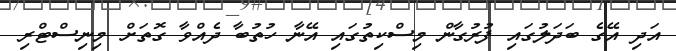
އަދި އޭގެ ބަދަލުގައި ފުރުގާން މިސްކިތުގައި އޭނާ ހުތުބާ ދެއްވާ ގޮތަށް މިނިސްޓްރި